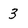
Character: 3